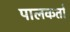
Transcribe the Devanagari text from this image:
पालकर्ता